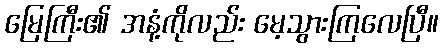
မြေကြီး၏ အနံ့ကိုလည်း မေ့သွားကြလေပြီ။